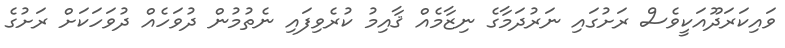
ވައިކަރަދޫއަކީވެސް ރަށުގައި ނަރުދަމާގެ ނިޒާމެއް ޤާއިމު ކުރެވިފައި ނެތުމުން ދުވަހެއް ދުވަހަކަށް ރަށުގެ